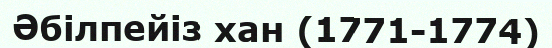
Әбілпейіз хан (1771-1774)